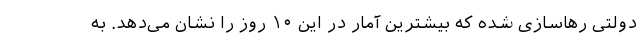
دولتی رهاسازی شده که بیشترین آمار در این ۱۰ روز را نشان می‌دهد. به